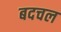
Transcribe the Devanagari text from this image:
बदचल